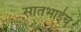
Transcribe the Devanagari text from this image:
सातभाईच